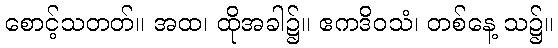
စောင့်သတတ်။ အထ၊ ထိုအခါ၌။ ဧကဒိဝသံ၊ တစ်နေ့ သ၌။